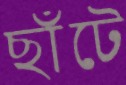
ছাঁটে